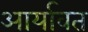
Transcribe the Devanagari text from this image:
आर्यावत